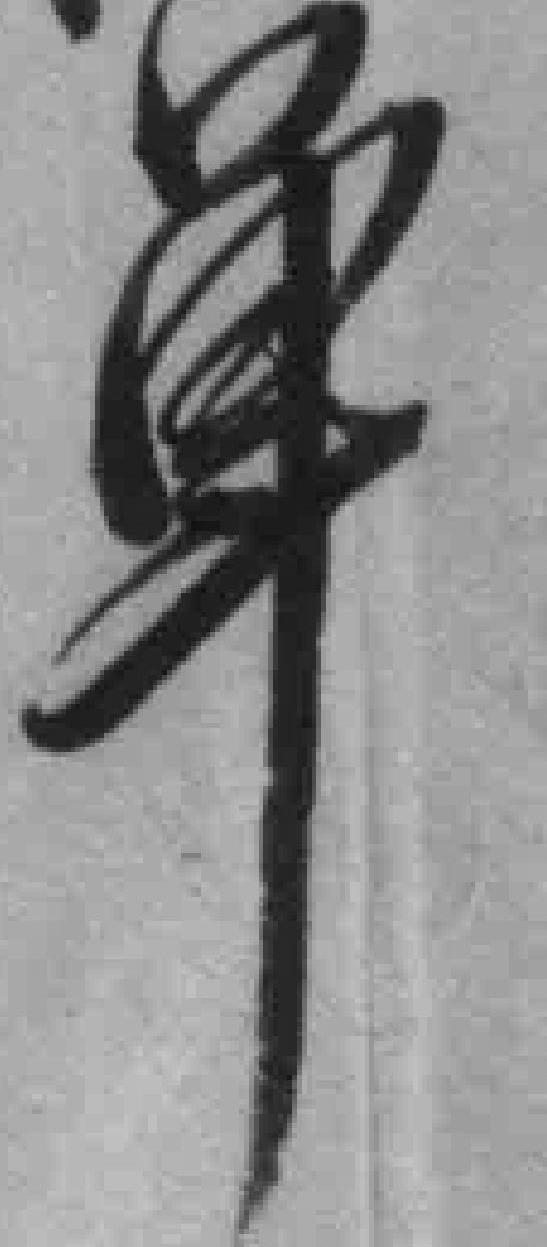
单